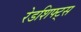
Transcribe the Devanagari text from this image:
रेडशिफ्ट्स